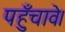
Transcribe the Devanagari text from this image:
पहुँचावे।